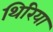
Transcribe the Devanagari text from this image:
थिरिया